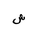
Letter: _shin